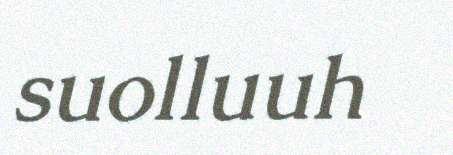
suolluuh